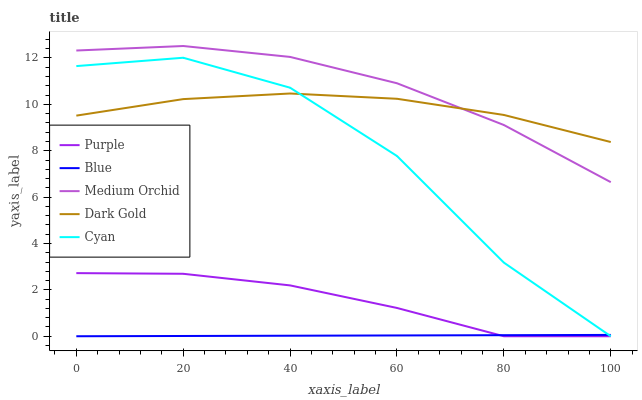
| xaxis_label | Purple | Blue | Medium Orchid | Dark Gold | Cyan |
 | --- | --- | --- | --- | --- | --- |
 | 0 | 2.72 | 0 | 12.3 | 9.51 | 11.7 |
 | 20 | 2.69 | 0.0115 | 12.5 | 10.2 | 12 |
 | 40 | 2.19 | 0.023 | 12 | 10.5 | 10.7 |
 | 60 | 1.22 | 0.0345 | 10.9 | 10.2 | 7.77 |
 | 80 | 0 | 0.046 | 9.11 | 9.54 | 3.18 |
 | 100 | 0 | 0.0575 | 6.64 | 8.38 | 0 |